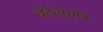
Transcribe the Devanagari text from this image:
बेर्टेल्समेन